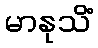
မာနုသိံ